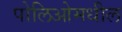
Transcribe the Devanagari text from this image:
पोलिओमधील